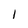
Character: 1